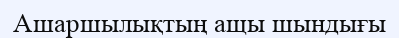
Ашаршылықтың ащы шындығы